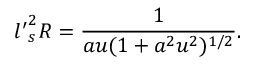
{ l ^ { \prime } } _ { s } ^ { 2 } R = \frac { 1 } { a u ( 1 + a ^ { 2 } u ^ { 2 } ) ^ { 1 / 2 } } .